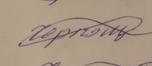
Signature authenticity: forged